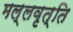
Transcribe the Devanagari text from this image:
मल्लवृत्ति